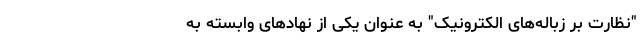
"نظارت بر زباله‌های الکترونیک" به عنوان یکی از نهادهای وابسته به